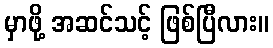
မှာဖို့ အဆင်သင့် ဖြစ်ပြီလား။